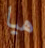
هيا